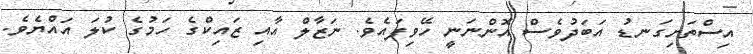
އިސްތަށިގަނޑު އަބަދުވެސް އޮންނަނީ ހޭވިފައެވެ. ނަޒާލް އާއި ޒައިކްގެ ހަމުގެ ކުލަ އައްޔެވެ.